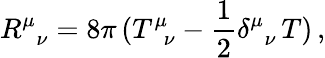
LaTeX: R_{\, \, \, \nu}^{\mu}=8\pi\, (T_{\, \, \, \nu}^{\mu}-\frac{1}{2}\delta_{\, \, \, \nu}^{\mu}\, T)\, ,